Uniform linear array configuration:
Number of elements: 4
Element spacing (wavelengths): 0.25
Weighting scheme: blackman
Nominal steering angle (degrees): -45
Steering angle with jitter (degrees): -44.286
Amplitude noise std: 0.05
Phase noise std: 0.05

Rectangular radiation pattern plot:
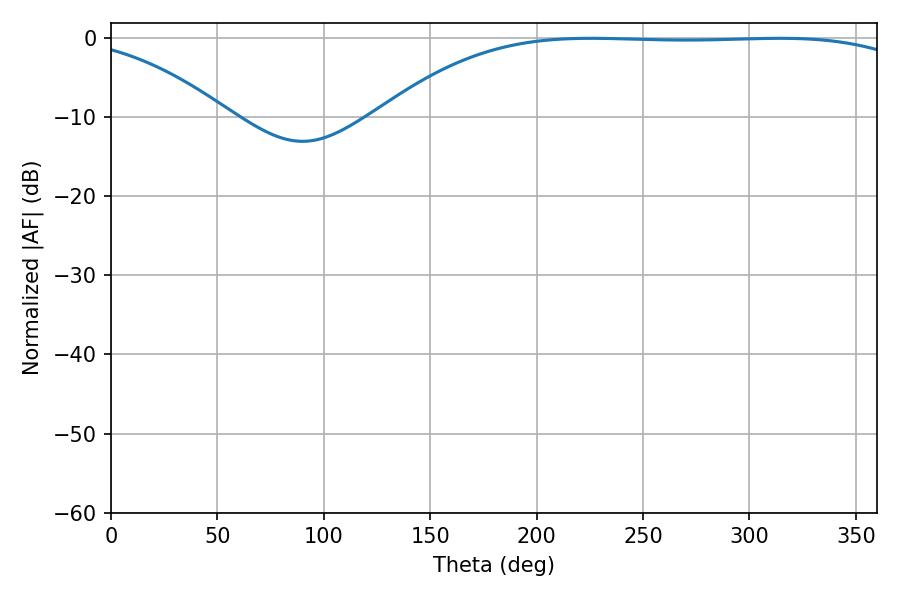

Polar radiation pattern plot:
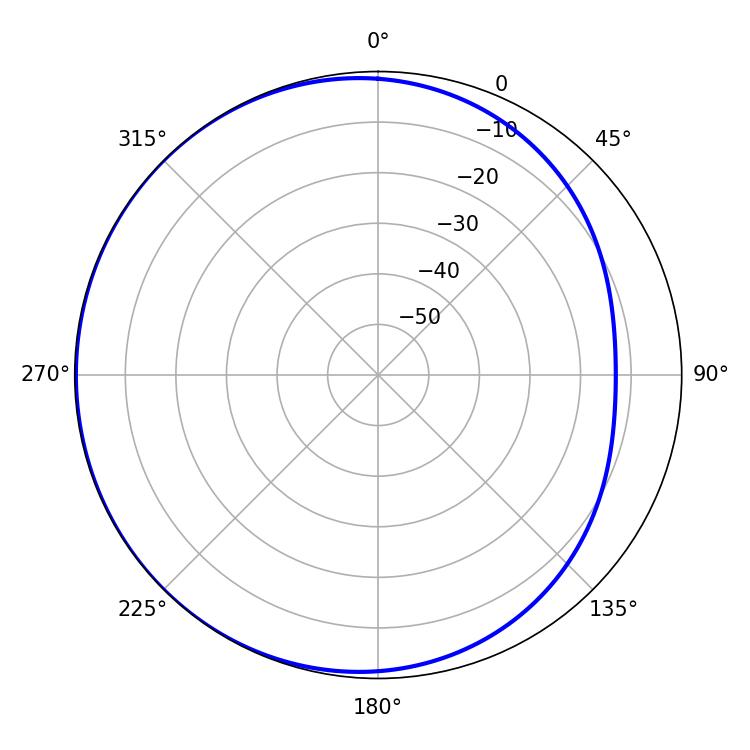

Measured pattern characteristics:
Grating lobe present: FALSE
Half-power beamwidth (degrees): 196.56
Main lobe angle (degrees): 225.54